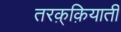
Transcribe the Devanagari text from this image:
तरक़्क़ियाती